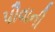
પૌવાની